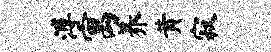
溥寓养黄寂